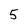
Character: 5